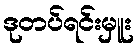
ဒုတပ်ရင်းမှူး